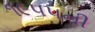
૧૯૫૫ની